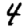
Digit: 4